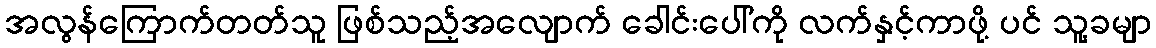
အလွန်ကြောက်တတ်သူ ဖြစ်သည့်အလျောက် ခေါင်းပေါ်ကို လက်နှင့်ကာဖို့ ပင် သူ့ခမျာ